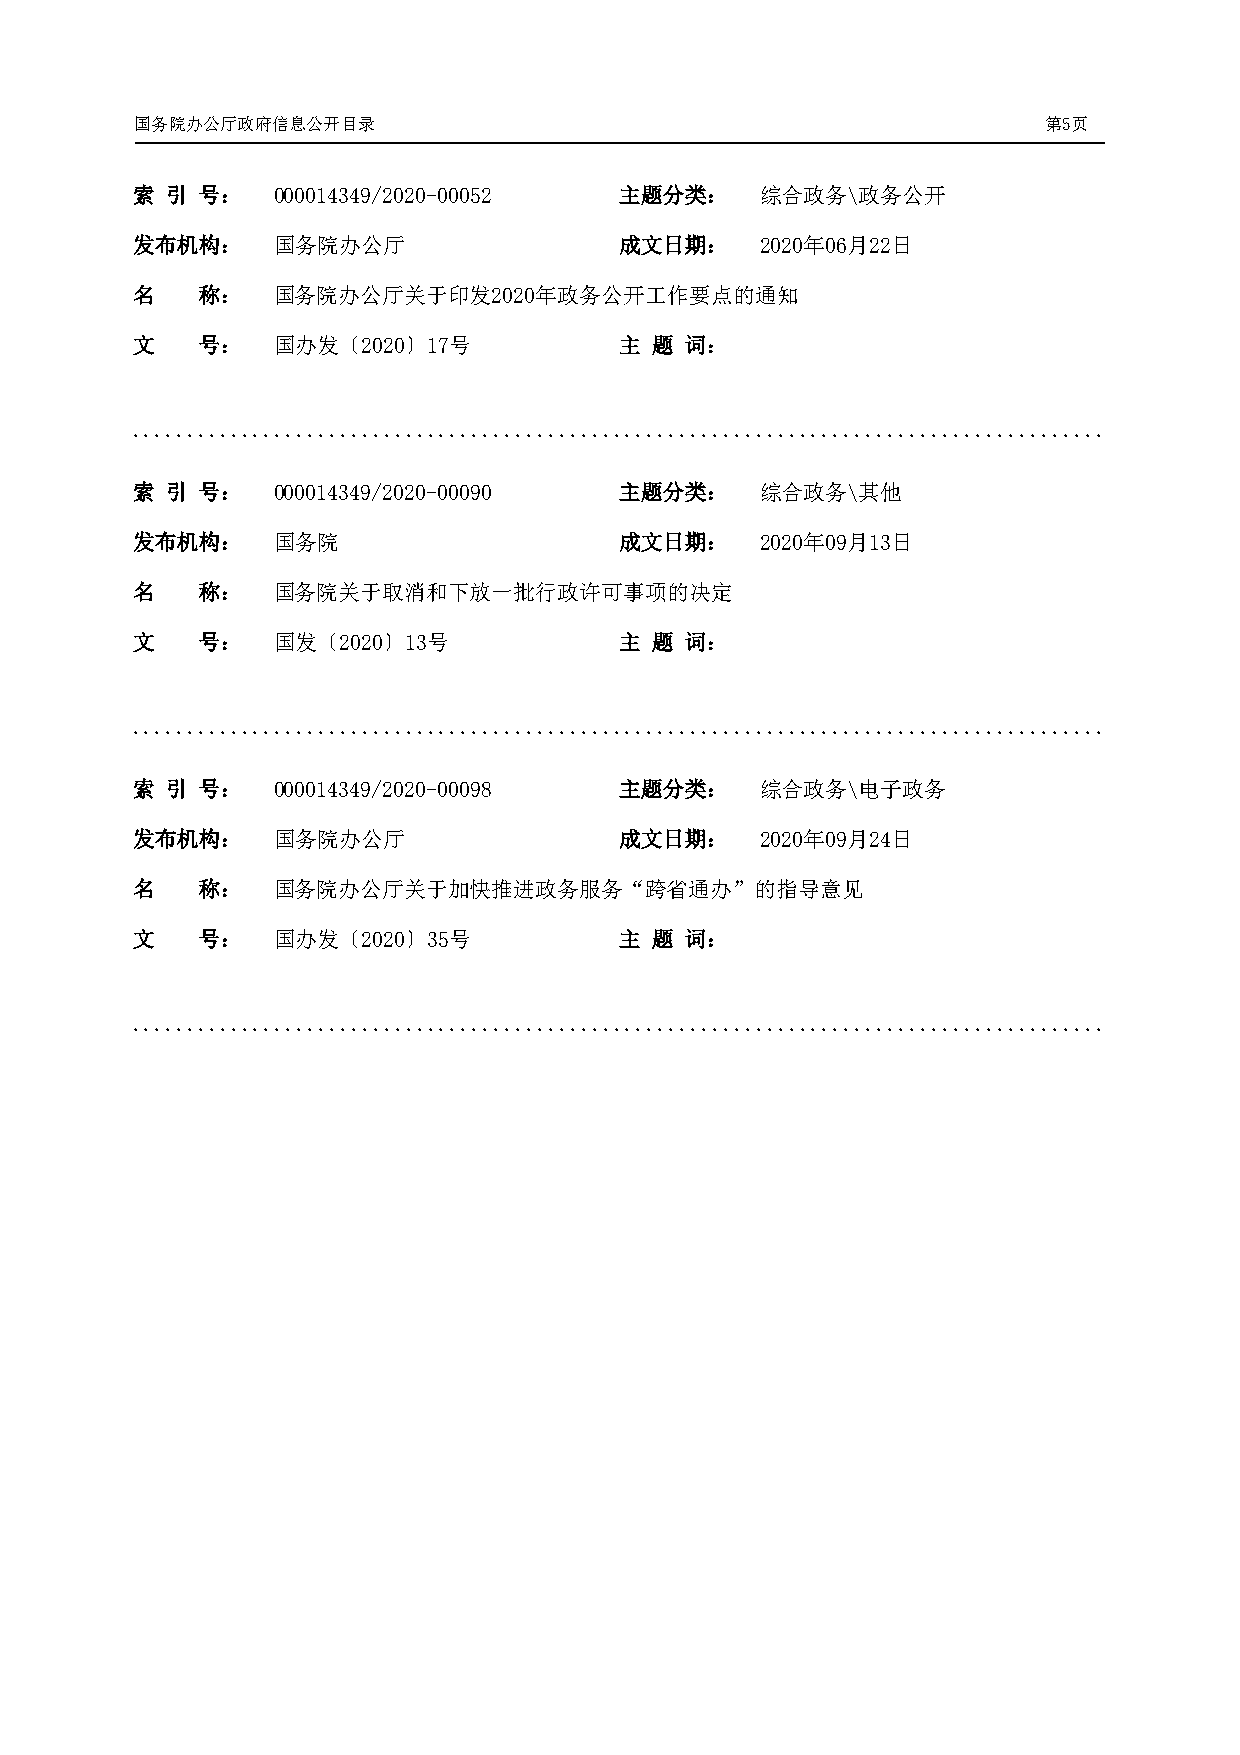
国务院办公厅政府信息公开目录                                              第5页
 索 引 号：   000014349/2020-00052   主题分类：    综合政务\政务公开
 发布机构：    国务院办公厅                 成文日期：    2020年06月22日
 名   称：   国务院办公厅关于印发2020年政务公开工作要点的通知
 文   号：   国办发〔2020〕17号           主 题 词：
 .........................................................................................
 索 引 号：   000014349/2020-00090   主题分类：    综合政务\其他
 发布机构：    国务院                    成文日期：    2020年09月13日
 名   称：   国务院关于取消和下放一批行政许可事项的决定
 文   号：   国发〔2020〕13号            主 题 词：
 .........................................................................................
 索 引 号：   000014349/2020-00098   主题分类：    综合政务\电子政务
 发布机构：    国务院办公厅                 成文日期：    2020年09月24日
 名   称：   国务院办公厅关于加快推进政务服务“跨省通办”的指导意见
 文   号：   国办发〔2020〕35号           主 题 词：
 .........................................................................................